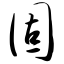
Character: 固